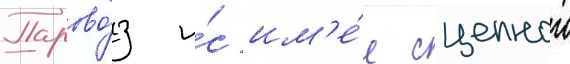
Парово́з и́с им'е́л сцепнои